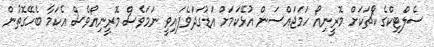
ސެލްޓިކްގެ ކޯޗަކަށް މޮރީނިއޯ ހަމަޖައްސަން އުޅޭކަމަށް އަޑުގަދަވެފައިވީ ނަމަވެސް މޮރީނިއޯވެސް އެކަމާ ބެހޭގޮތުން